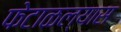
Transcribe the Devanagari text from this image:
फेटाळल्यास